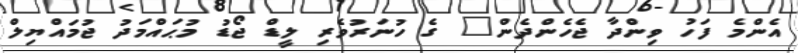
އެންމެ ފަހު ވިންދާ ޖެހެންދެން" ގެ ހުނަރުވެރި ލީޑް ޖޯޑު މުޙައްމަދު ޖުމައްޔިލް